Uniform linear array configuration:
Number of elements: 12
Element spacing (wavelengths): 1
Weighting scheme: blackman
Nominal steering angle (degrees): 60
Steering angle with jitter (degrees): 60.063
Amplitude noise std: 0.05
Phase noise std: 0.05

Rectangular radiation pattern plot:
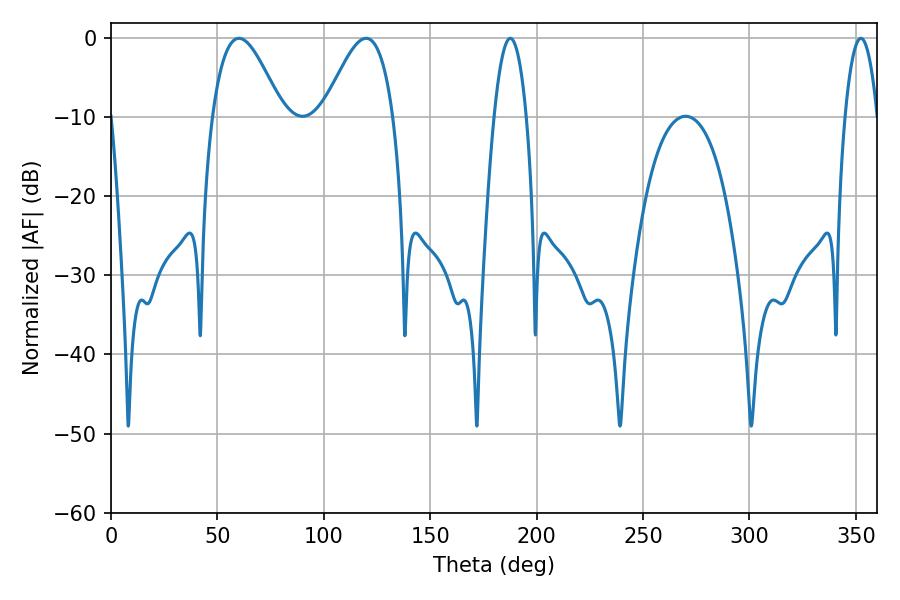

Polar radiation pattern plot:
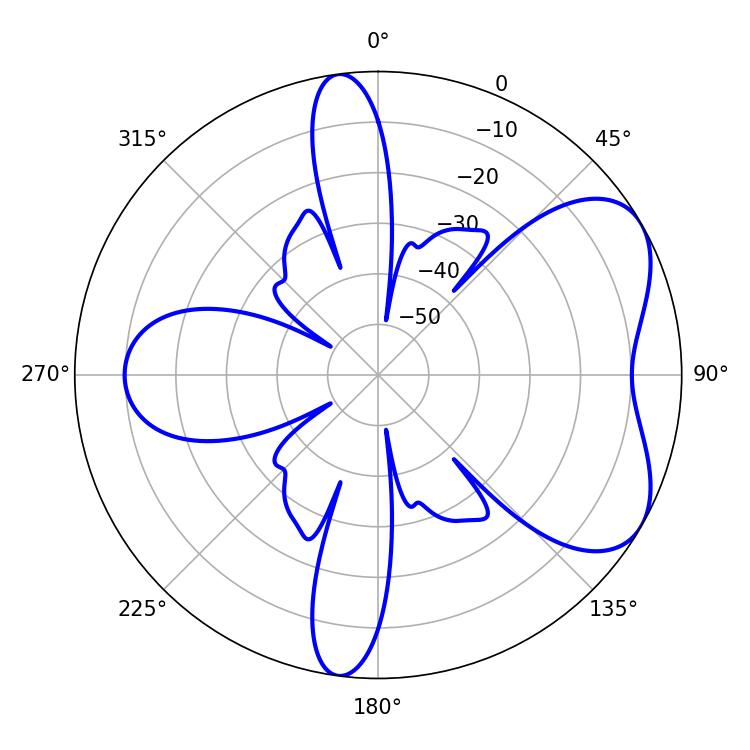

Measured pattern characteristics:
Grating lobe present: TRUE
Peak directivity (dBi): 5.703
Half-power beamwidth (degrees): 17.64
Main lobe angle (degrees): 60.12